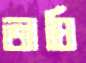
তাঘি